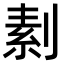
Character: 𠞓